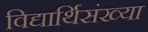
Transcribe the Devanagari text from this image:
विद्यार्थिसंख्या